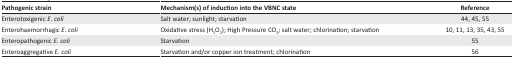
<table><thead><tr><td><b>Pathogenic strain</b></td><td><b>Mechanism(s) of induction into the VBNC state</b></td><td><b>Reference</b></td></tr></thead><tbody><tr><td>Enterotoxigenic <i>E. coli</i></td><td>Salt water; sunlight; starvation</td><td>44, 45, 55</td></tr><tr><td>Enterohaemorrhagic E. coli</td><td>Oxidative stress (H<sub>2</sub>O<sub>2</sub>); High Pressure CO<sub>2</sub>; salt water; chlorination; starvation</td><td>10, 11, 13, 35, 43, 55</td></tr><tr><td>Enteropathogenic <i>E. coli</i></td><td>Starvation</td><td>55</td></tr><tr><td>Enteroaggregative <i>E. coli</i></td><td>Starvation and/or copper ion treatment; chlorination</td><td>56</td></tr></tbody></table>